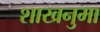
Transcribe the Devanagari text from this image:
शाखनुमा